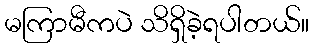
မကြာမီကပဲ သိရှိခဲ့ရပါတယ်။